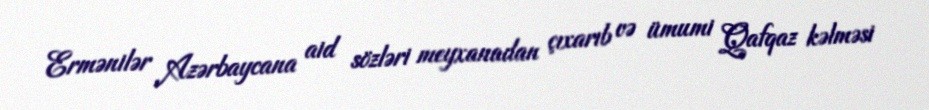
Ermənilər Azərbaycana aid sözləri meyxanadan çıxarıb və ümumi Qafqaz kəlməsi